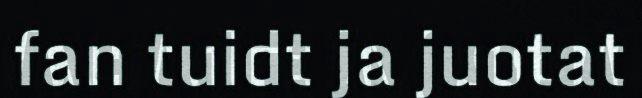
fan tuidt ja juotat